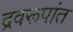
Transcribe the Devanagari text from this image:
द्रवरूपांत